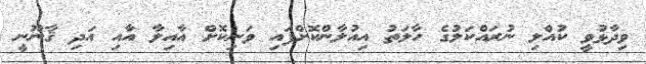
ވިދާޅުވީ ކުއްލި ނުރައްކަލުގެ ހާލަތު އިއުލާންކޮށްފައި ވަނިކޮށް އާއިިލާ އާއި އަދި ޤާނޫނީ